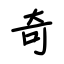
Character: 奇